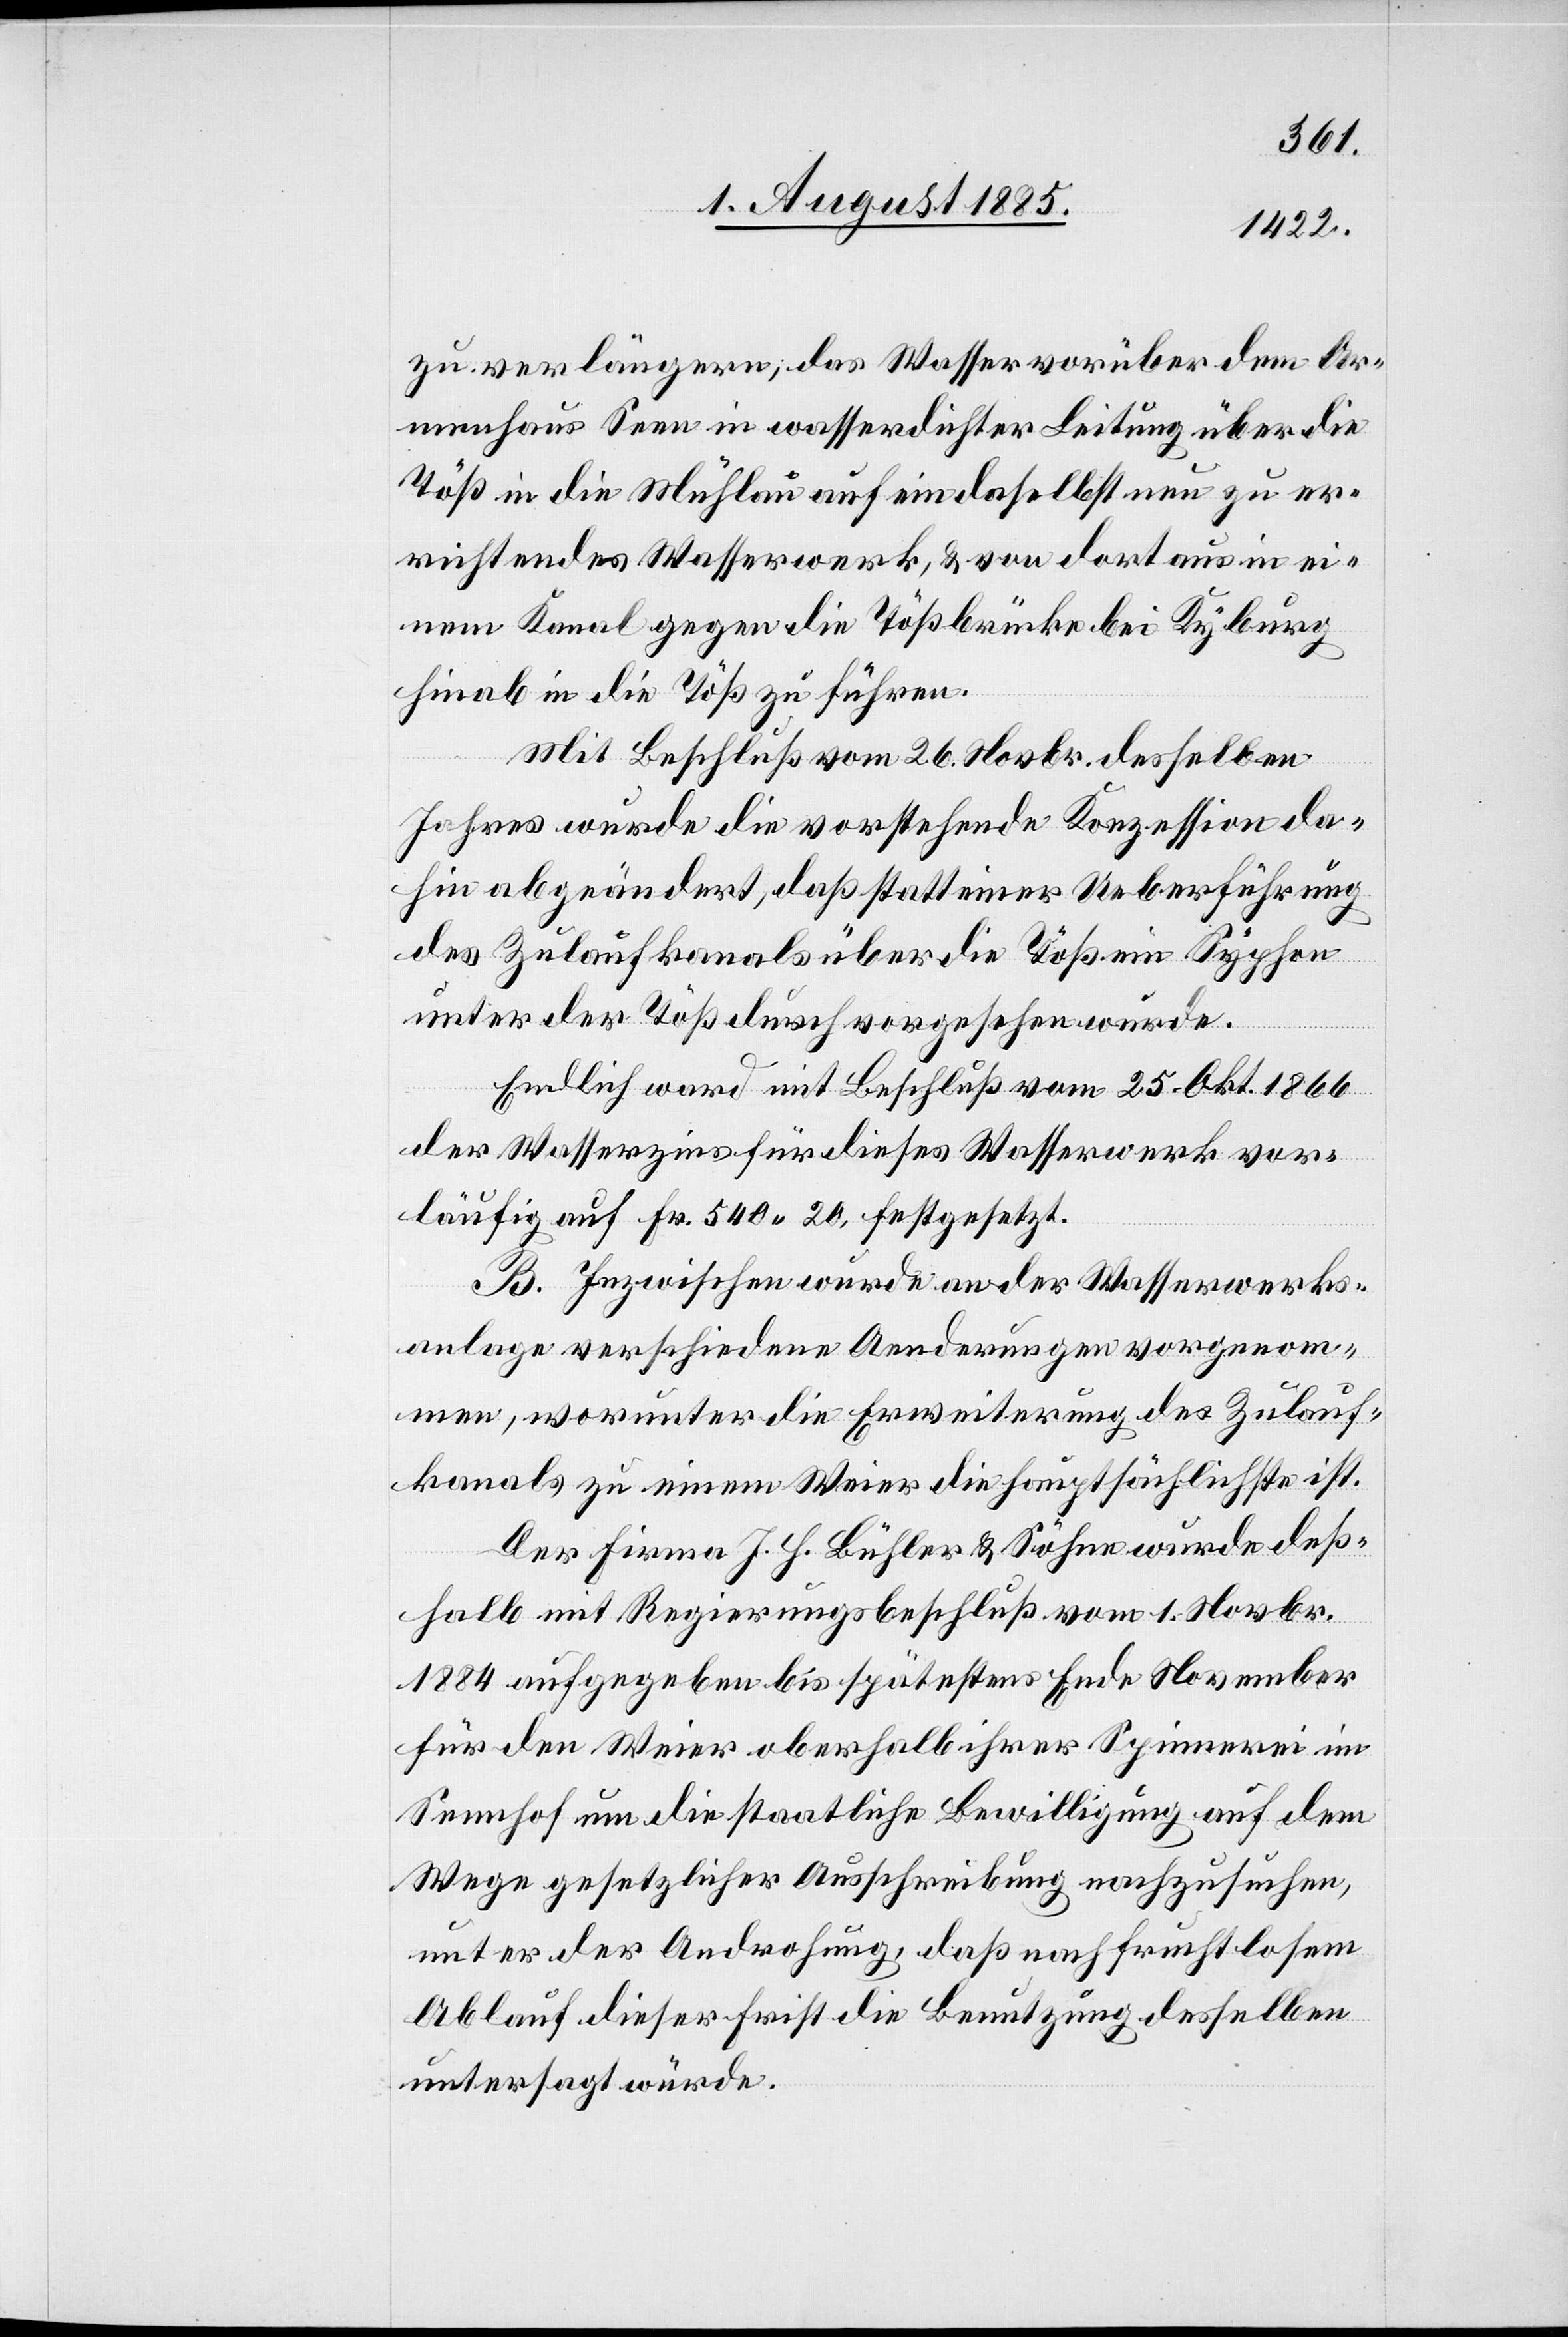
zu verlängern, das Wasser vorüber dem Ar¬
menhaus Seen in wasserdichter Leitung über die
Töß in die Mühlau auf ein daselbst neu zu er¬
richtendes Wasserwerk, & von dort aus in ei¬
nem Kanal gegen die Tößbrücke bei Kyburg
hinab in die Töß zu führen.
Mit Beschluß vom 26. Novbr. desselben
Jahres wurde die vorstehende Konzession da¬
hin abgeändert, daß statt einer Ueberführung
des Zulaufkanals über die Töß ein Syphon
unter der Töß durch vorgesehen wurde.
Endlich ward mit Beschluß vom 25. Okt. 1866
der Wasserzins für dieses Wasserwerk vor¬
läufig auf Fr. 540 20, festgesetzt.
B. Inzwischen wurde[n] an der Wasserwerks¬
anlage verschiedene Aenderungen vorgenom¬
men, worunter die Erweiterung des Zulauf¬
kanals zu einem Weier die hauptsächliche ist.
Der Firma J. H. Bühler & Söhne wurde deß¬
halb mit Regierungsbeschluß vom 1. Novbr.
1884 aufgegeben bis spätestens Ende November
für den Weier oberhalb ihrer Spinnerei im
Sennhof um die staatliche Bewilligung auf dem
Wege gesetzlicher Ausschreibung nachzusuchen,
unter der Androhung, daß nach fruchtlosem
Ablauf dieser Frist die Benutzung desselben
untersagt wurde.